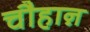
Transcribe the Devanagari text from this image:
चौहाऩ़